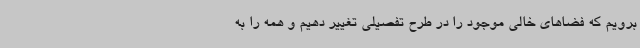
برویم که فضاهای خالی موجود را در طرح تفصیلی تغییر دهیم و همه را به